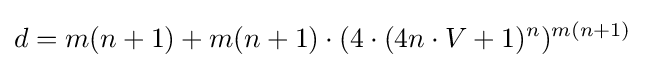
d=m(n+1)+m(n+1)\cdot (4\cdot (4n\cdot V+1)^{n})^{m(n+1)}